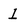
Character: 1